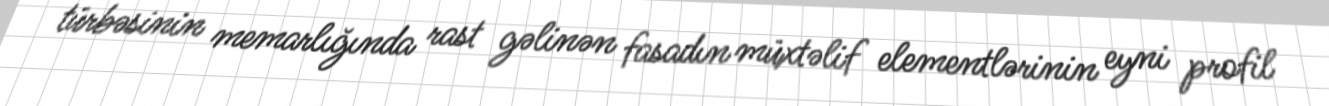
türbəsinin memarlığında rast gəlinən fasadın müxtəlif elementlərinin eyni profil